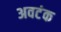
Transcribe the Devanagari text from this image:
अवटंक